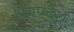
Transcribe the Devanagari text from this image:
शत्रुप्रदेश